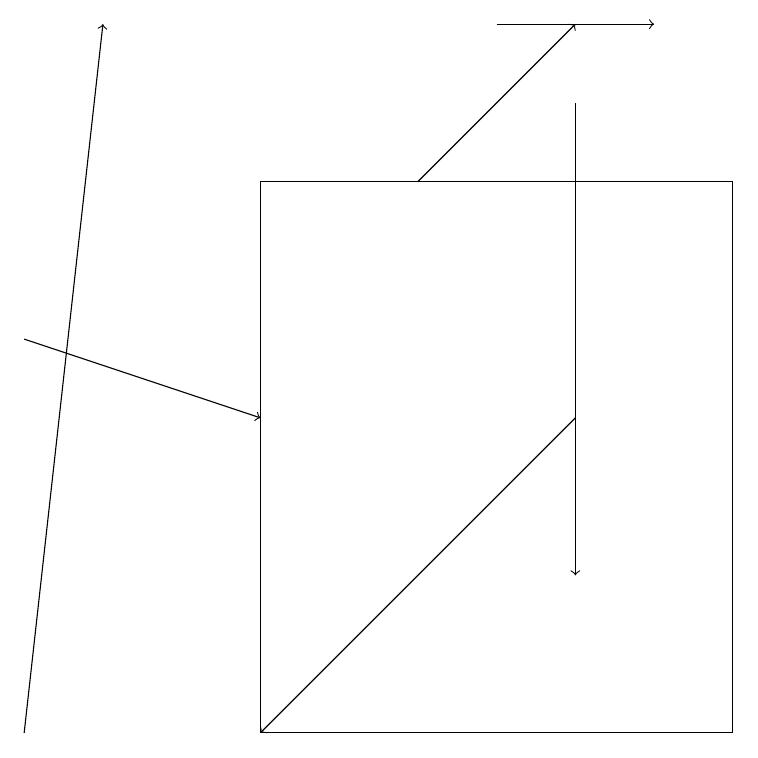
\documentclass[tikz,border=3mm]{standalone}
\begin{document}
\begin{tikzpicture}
\draw[->] (7,18) -- (7,12);
\draw[->] (5,17) -- (7,19);
\draw[->] (6,19) -- (8,19);
\draw (3,10) rectangle (9,17);
\draw[->] (7,14) -- (3,10);
\draw[->] (0,15) -- (3,14);
\draw[->] (0,10) -- (1,19);
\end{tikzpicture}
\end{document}